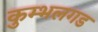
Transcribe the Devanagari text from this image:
कुम्भलगड